Civil Veterinary Dept. North-West Frontier Province 1933-46 - 1933-1946
Year: 1933
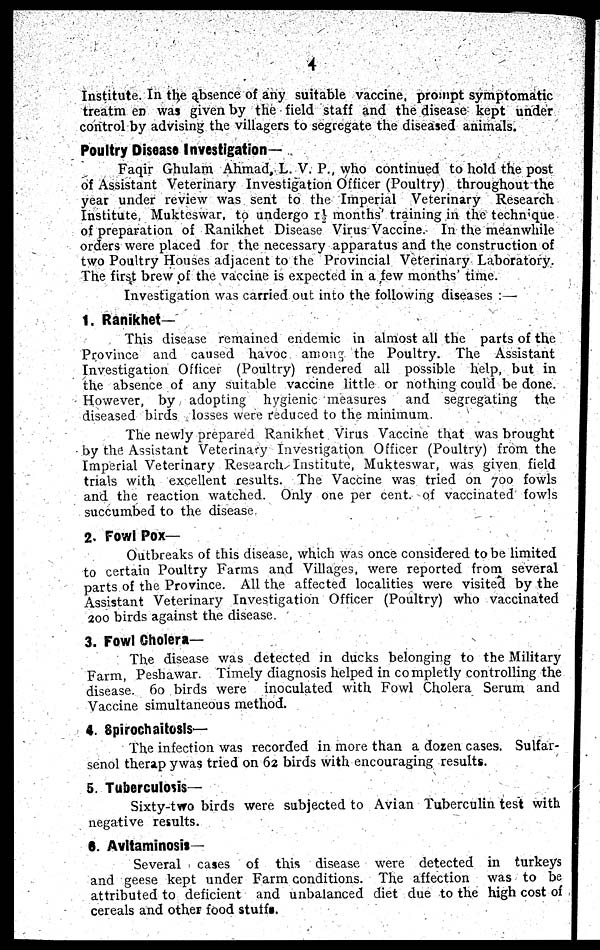
4
Institute. In the absence of any suitable vaccine, prompt symptomatic
treatm en was given by the field staff and the disease kept under
control by advising the villagers to segregate the diseased animals.
Poultry Disease Investigation—
Faqir Ghulam Ahmad, L. V. P., who continued to hold the post
of Assistant Veterinary Investigation Officer (Poultry) throughout the
year under review was sent to the Imperial Veterinary Research
Institute, Mukteswar, to undergo 1½ months' training in the technique
of preparation of Ranikhet Disease Virus Vaccine. In the meanwhile
orders were placed for the necessary apparatus and the construction of
two Poultry Houses adjacent to the Provincial Veterinary Laboratory.
The first brew of the vaccine is expected in a few months' time.
Investigation was carried out into the following diseases:—
1. Ranikhet—
This disease remained endemic in almost all the parts of the
Province and caused havoc among the Poultry. The Assistant
Investigation Officer (Poultry) rendered all possible help, but in
the absence of any suitable vaccine little or nothing could be done.
However, by adopting hygienic measures and segregating the
diseased birds losses were reduced to the minimum.
The newly prepared Ranikhet Virus Vaccine that was brought
by the Assistant Veterinary Investigation Officer (Poultry) from the
Imperial Veterinary Research Institute, Mukteswar, was given field
trials with excellent results. The Vaccine was tried on 700 fowls
and the reaction watched. Only one per cent. of vaccinated fowls
succumbed to the disease
2. Fowl Pox—
Outbreaks of this disease, which was once considered to be limited
to certain Poultry Farms and Villages, were reported from several
parts of the Province. All the affected localities were visited by the
Assistant Veterinary Investigation Officer (Poultry) who vaccinated
200 birds against the disease.
3. Fowl Cholera—
The disease was detected in ducks belonging to the Military
Farm, Peshawar. Timely diagnosis helped in completly controlling the
disease. 60 birds were inoculated with Fowl Cholera Serum and
Vaccine simultaneous method.
4. Spirochaitosls—
The infection was recorded in more than a dozen cases. Sulfar-
senol therap ywas tried on 62 birds with encouraging results.
5. Tuberculosis—
Sixty-two birds were subjected to Avian Tuberculin test with
negative results.
6. Avltaminosis—
Several cases of this disease were detected in turkeys
and geese kept under Farm conditions. The affection was to be
attributed to deficient and unbalanced diet due to the high cost of
cereals and other food stuffs.